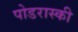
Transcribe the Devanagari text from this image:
पोडरास्की